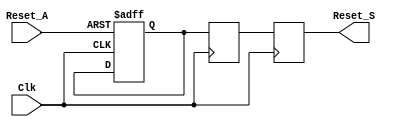
module async_reset_synchronizer #(
    parameter ACTIVE_LOW = 1 // 1 for active-low, 0 for active-high
)(
    input wire Reset_A, // Asynchronous reset input
    input wire Clk,     // Clock signal
    output reg Reset_S  // Synchronized reset output
);

// Internal signals for synchronization
reg sync_1; // First stage of synchronization
reg sync_2; // Second stage of synchronization

always @(posedge Clk or negedge Reset_A) begin
    // Handle asynchronous reset
    if (ACTIVE_LOW) begin
        // Active-low reset
        if (~Reset_A) begin
            sync_1 <= 1'b0; // Assert to low
        end else begin
            sync_1 <= sync_1; // Hold state
        end
    end else begin
        // Active-high reset
        if (Reset_A) begin
            sync_1 <= 1'b1; // Assert to high
        end else begin
            sync_1 <= sync_1; // Hold state
        end
    end
end

always @(posedge Clk) begin
    sync_2 <= sync_1; // Second stage of synchronization
end

// Output the synchronized reset signal
always @(posedge Clk) begin
    Reset_S <= sync_2;
end

endmodule